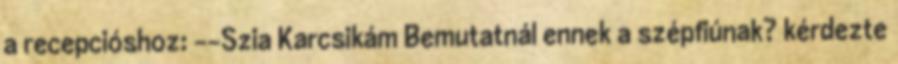
a recepcióshoz: --Szia Karcsikám Bemutatnál ennek a szépfiúnak? kérdezte